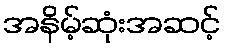
အနိမ့်ဆုံးအဆင့်